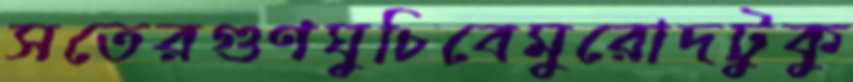
সতেরগুণঘুচিবেমুরোদটুকু